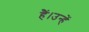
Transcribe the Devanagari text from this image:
हैं।उन्हें